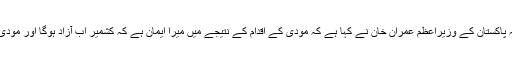
مہر خبررساں ایجنسی نے ایکس پریس کے حوالے سے نقل کیا ہے کہ پاکستان کے وزیراعظم عمران خان نے کہا ہے کہ مودی کے اقدام کے نتیجے میں میرا ایمان ہے کہ کشمیر اب آزاد ہوگا اور مودی نے 5 اگست کو سنگین غلطی کی جس سے وہ پیچھے نہیں ہٹ سکتا۔